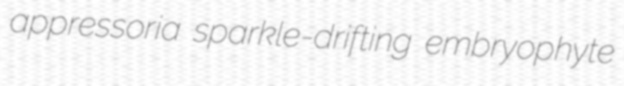
appressoria sparkle-drifting embryophyte